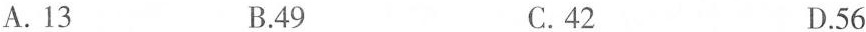
A.13 B.49 C.42 D.56